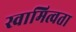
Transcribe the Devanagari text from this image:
स्वामित्वता